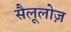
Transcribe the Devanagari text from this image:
सैलूलोज़